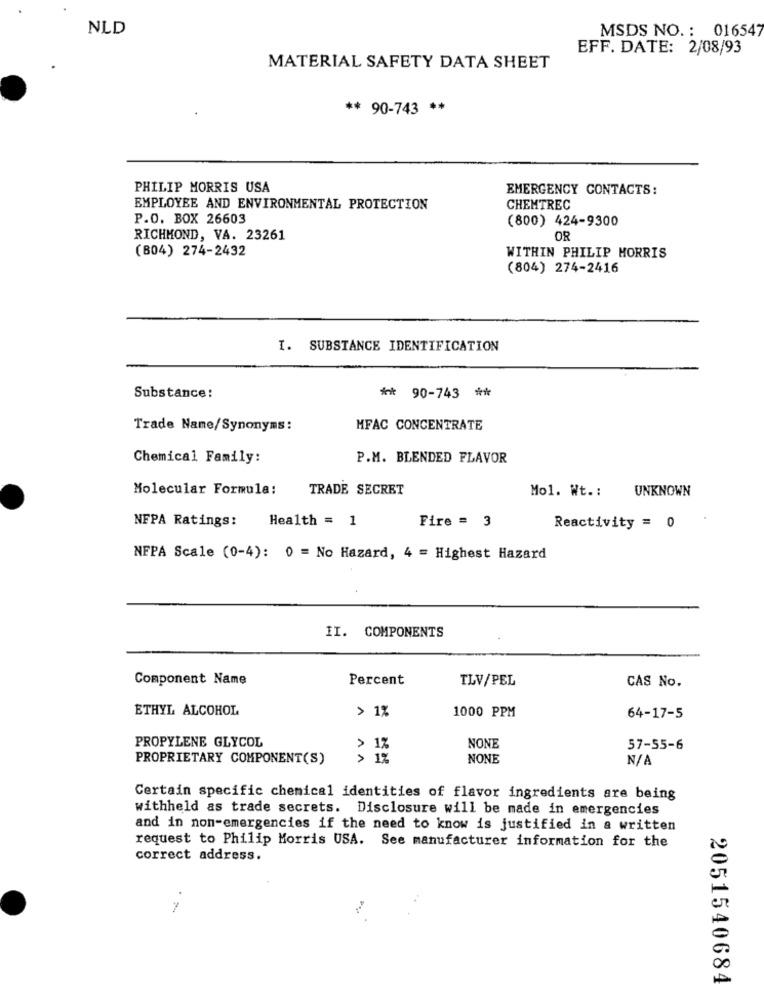
NLD
MSDS NO. : 016547
EFF. DATE: 2/08/93
MATERIAL SAFETY DATA SHEET
** 90-743 **
PHILIP MORRIS USA
EMERGENCY CONTACTS:
EMPLOYEE AND ENVIRONMENTAL PROTECTION
CHEMTREC
P.O. BOX 26603
(800) 424-9300
RICHMOND, VA. 23261
OR
(804) 274-2432
WITHIN PHILIP MORRIS
(804) 274-2416
I. SUBSTANCE IDENTIFICATION
Substance:
** 90-743 **
Trade Name/Synonyms:
MFAC CONCENTRATE
Chemical Family:
P.M. BLENDED FLAVOR
Molecular Formula:
TRADE SECRET
Mo1. Wt .:
UNKNOWN
NFPA Ratings:
Health = 1
Fire = 3
Reactivity = 0
NFPA Scale (0-4): 0 = No Hazard, 4 = Highest Hazard
II. COMPONENTS
Component Name
Percent
TLV/PEL
CAS No.
ETHYL ALCOHOL
> 1%
1000 PPM
64-17-5
PROPYLENE GLYCOL
> 1%
NONE
57-55-6
PROPRIETARY COMPONENT(S)
> 1%
NONE
Certain specific chemical identities of flavor ingredients are being
withheld as trade secrets. Disclosure will be made in emergencies
and in non-emergencies if the need to know is justified in a written
request to Philip Morris USA. See manufacturer information for the
correct address.
2051540684